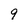
Character: 9